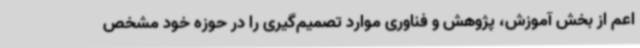
اعم از بخش آموزش، پژوهش و فناوری موارد تصمیم‌گیری را در حوزه خود مشخص